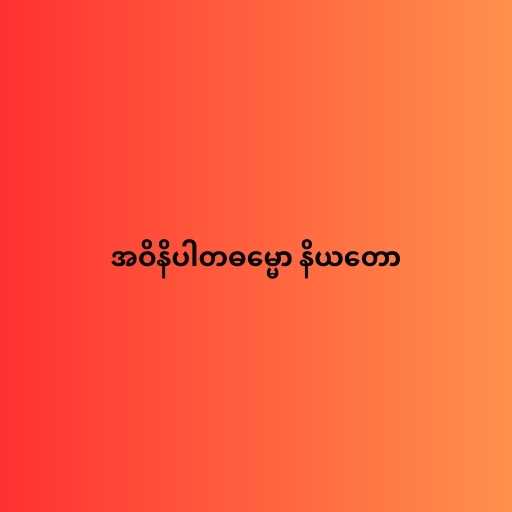
အဝိနိပါတဓမ္မော နိယတော